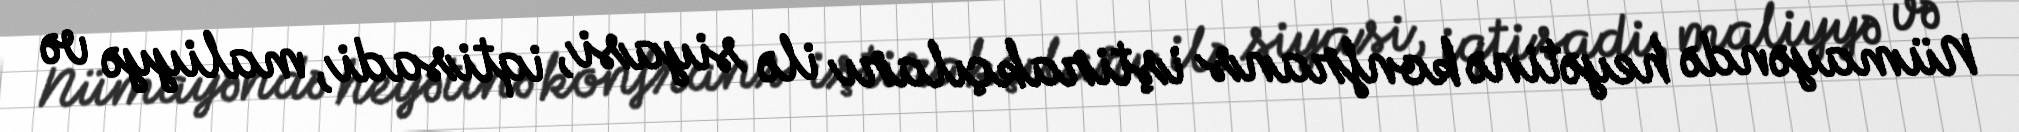
Nümayəndə heyətinə konfrans iştirakçıları ilə siyasi, iqtisadi, maliyyə və